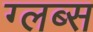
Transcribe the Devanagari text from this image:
ग्लब्स